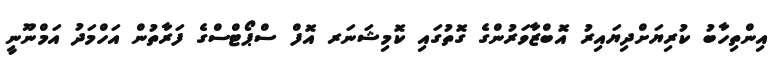
އިންތިހާބު ކުރިޔަށްދިޔައިރު އޮބްޒާވަރުންގެ ގޮތުގައި ކޮމިޝަނަރ އޮފް ސްޕޯޓްސްގެ ފަރާތުން އަހްމަދު އަމްނޫނީ